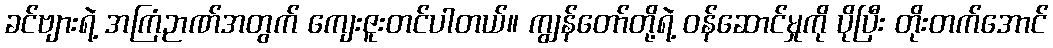
ခင်ဗျားရဲ့ အကြံဉာဏ်အတွက် ကျေးဇူးတင်ပါတယ်။ ကျွန်တော်တို့ရဲ့ ဝန်ဆောင်မှုကို ပိုပြီး တိုးတက်အောင်